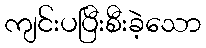
ကျင်းပပြီးစီးခဲ့သော